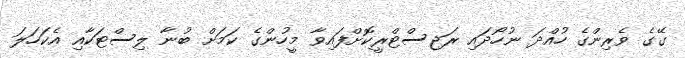
ގޭގެ ވެރިންގެ ހުއްދަ ނުހޯދައި ރަޖިސްޓްރީކޮށްފައިވާ މީހުންގެ ކަމަށް ބުނާ ލިސްޓަކާއި އެކަހަލަ